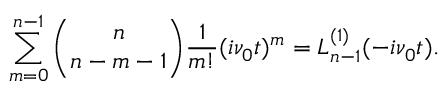
\sum _ { m = 0 } ^ { n - 1 } \binom { n } { n - m - 1 } \frac { 1 } { m ! } ( i \nu _ { 0 } t ) ^ { m } = L _ { n - 1 } ^ { ( 1 ) } ( - i \nu _ { 0 } t ) .